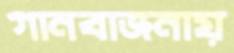
গানবাজনায়